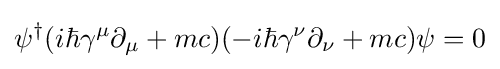
\psi ^{\dagger }(i\hbar \gamma ^{\mu }\partial _{\mu }+mc)(-i\hbar \gamma ^{\nu }\partial _{\nu }+mc)\psi =0